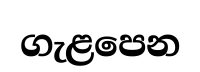
ගැළපෙන